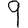
Digit: 9